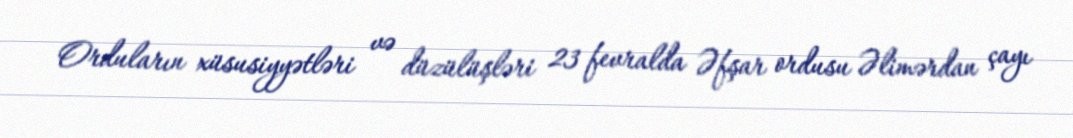
Orduların xüsusiyyətləri və düzülüşləri 23 fevralda Əfşar ordusu Əlimərdan çayı